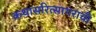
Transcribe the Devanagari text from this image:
कथासरित्सागराची